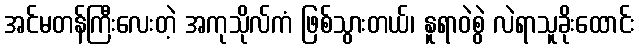
အင်မတန်ကြီးလေးတဲ့ အကုသိုလ်ကံ ဖြစ်သွားတယ်၊ နူရာဝဲစွဲ လဲရာသူခိုးထောင်း